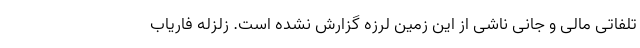
تلفاتی مالی و جانی ناشی از این زمین لرزه گزارش نشده است. زلزله فاریاب